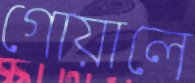
গোয়ালে